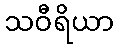
သဝီရိယာ